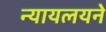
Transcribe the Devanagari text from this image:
न्यायलयने